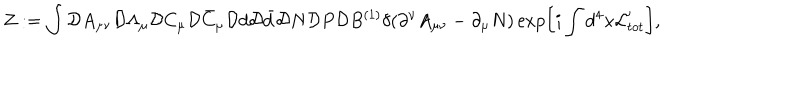
Z : = \int { \cal D } A _ { \mu \nu } { \cal D } \Lambda _ { \mu } { \cal D } C _ { \mu } { \cal D } \bar { C } _ { \mu } { \cal D } d { \cal D } \bar { d } { \cal D } N { \cal D } P { \cal D } B ^ { ( 1 ) } \delta ( \partial ^ { \nu } A _ { \mu \nu } - \partial _ { \mu } N ) \exp \left[ i \int d ^ { 4 } x { \cal L } _ { t o t } ^ { \prime } \right] ,